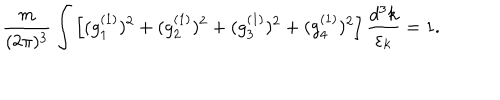
{ \frac { m } { ( 2 \pi ) ^ { 3 } } } \int \left[ ( g _ { 1 } ^ { ( 1 ) } ) ^ { 2 } + ( g _ { 2 } ^ { ( 1 ) } ) ^ { 2 } + ( g _ { 3 } ^ { ( 1 ) } ) ^ { 2 } + ( g _ { 4 } ^ { ( 1 ) } ) ^ { 2 } \right] { \frac { d ^ { 3 } k } { \varepsilon _ { k } } } = 1 .